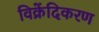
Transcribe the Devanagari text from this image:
विक्रेंदिकरण